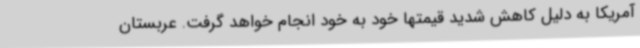
آمریکا به دلیل کاهش شدید قیمتها خود به خود انجام خواهد گرفت. عربستان